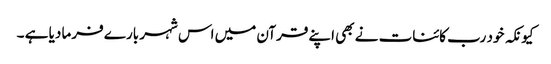
کیونکہ خود رب کائنات نے بھی اپنے قرآن میں اس شہر بارے فرما دیا ہے ۔